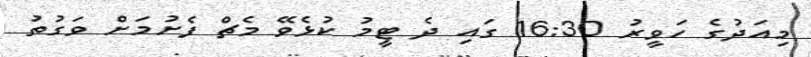
މިއަދުގެ ހަވީރު 16:30 ގައި ދެ ޓީމު ކުޅެވޭ މެޗް ފެށުމަށް ވަގުތު